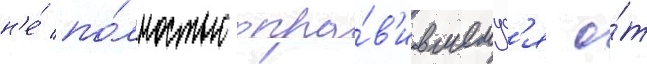
н'е́ по́лностью опра́в'ившемус'я о́т